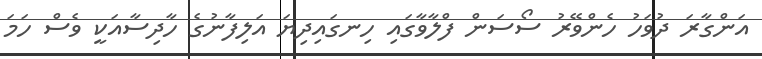
އަންގާރަ ދުވަހު ހެންވޭރު ސޯސަން ފްލާވާގައި ހިނގައިދިޔަ އަލިފާނުގެ ހާދިސާއަކީ ވެސް ހަމަ